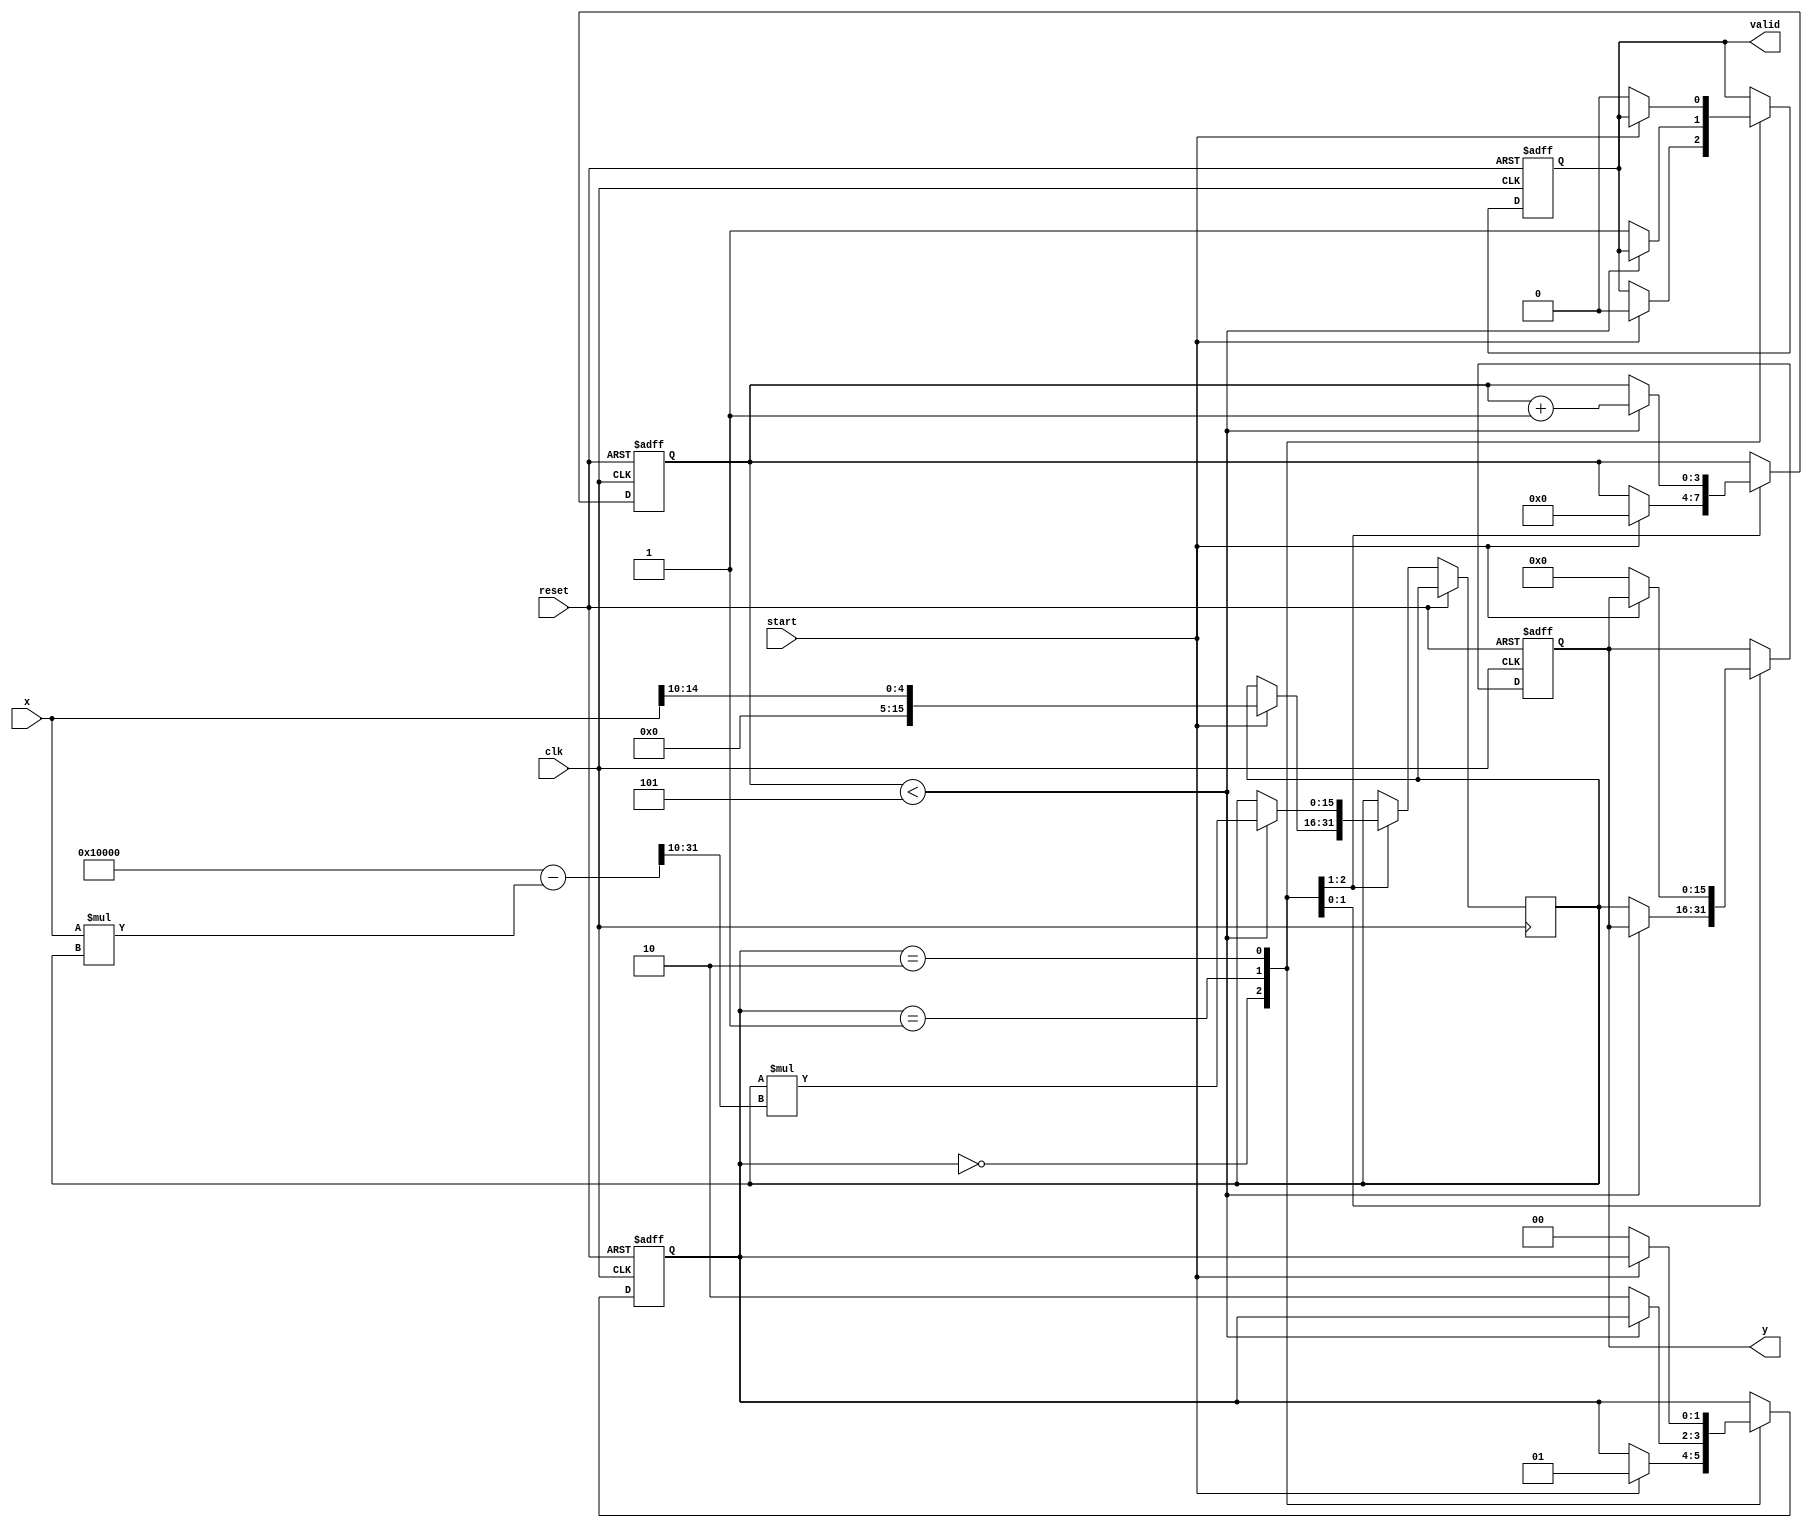
module FixedPointReciprocal #(
    parameter IN_WIDTH = 16,  // Total input width (m+n)
    parameter FRAC_WIDTH = 10, // Fractional width (n)
    parameter MAX_ITER = 5     // Maximum iterations for Newton-Raphson
)(
    input wire clk,
    input wire reset,
    input wire start,
    input wire [IN_WIDTH-1:0] x, // Fixed-point input (x > 0)
    output reg valid,
    output reg [IN_WIDTH-1:0] y // Fixed-point output (y = 1/x)
);

    reg [IN_WIDTH-1:0] approx; // Current approximation
    reg [3:0] iter_count;       // Iteration counter
    reg [1:0] state;            // State machine state

    localparam IDLE = 2'b00;
    localparam CALC = 2'b01;
    localparam DONE = 2'b10;

    // Initial approximation (for Newton-Raphson, we use 1/x as initial guess)
    wire [IN_WIDTH-1:0] initial_guess = {1'b0, x[IN_WIDTH-2:FRAC_WIDTH]}; // 1/x approximation

    always @(posedge clk or posedge reset) begin
        if (reset) begin
            state <= IDLE;
            valid <= 0;
            iter_count <= 0;
            y <= 0;
        end else begin
            case (state)
                IDLE: begin
                    if (start) begin
                        approx <= initial_guess; // Start with initial guess
                        iter_count <= 0;
                        state <= CALC;
                        valid <= 0;
                    end
                end
                CALC: begin
                    if (iter_count < MAX_ITER) begin
                        // Newton-Raphson iteration: approx = approx * (2 - x * approx)
                        approx <= approx * (2 ** IN_WIDTH - (x * approx) >> FRAC_WIDTH);
                        iter_count <= iter_count + 1;
                    end else begin
                        y <= approx; // Final approximation
                        valid <= 1; // Output is valid
                        state <= DONE;
                    end
                end
                DONE: begin
                    if (!start) begin // Wait for start signal to reset
                        state <= IDLE;
                        valid <= 0;
                        y <= 0;
                    end
                end
            endcase
        end
    end

endmodule